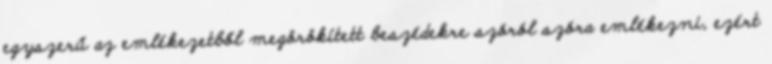
egyszerű az emlékezetből megörökített beszédekre szóról szóra emlékezni, ezért